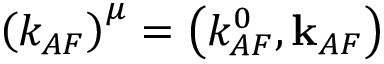
\left( k _ { A F } \right) ^ { \mu } = \left( k _ { A F } ^ { 0 } , { \bf { k } } _ { A F } \right)